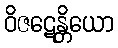
ဝိဇဋေန္တိယော